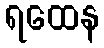
ရထေန